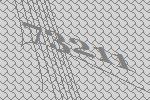
73211